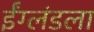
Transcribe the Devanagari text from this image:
ईंग्लंडला